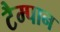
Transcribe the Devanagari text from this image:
टैम्पान